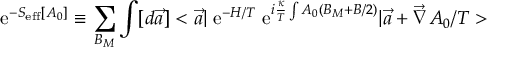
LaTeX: \mathrm { ~ e } ^ { - S _ { \mathrm { e f f } } [ A _ { 0 } ] } \equiv \sum _ { B _ { M } } \int [ d \vec { a } ] < \vec { a } \vert \mathrm { ~ e } ^ { - H / T } \mathrm { ~ e } ^ { i \frac { \kappa } { T } \int A _ { 0 } ( B _ { M } + B / 2 ) } \vert \vec { a } + \vec { \nabla } A _ { 0 } / T >